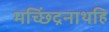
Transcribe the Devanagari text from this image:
मच्छिंद्रनाथहि